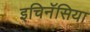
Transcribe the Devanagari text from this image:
इचिनॅसिया